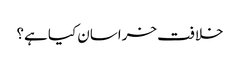
خلافت خراسان کیا ہے؟